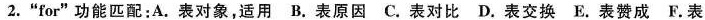
2."for"功能匹配:A.表对象,适用 B.表原因 C.表对比 D.表交换 F.表